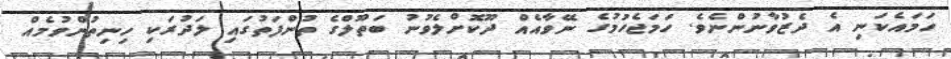
ހަމައެކަނި އެ ދެޒުވާނުންނެވެ. ހަމަޖެހުމުގެ ނޭވާއެއް ދޫކޮށްލެވުނު ބަތޫލްގެ ތުންފަތުގައި ލަދުރަކި ހިނިތުންވުމެއް